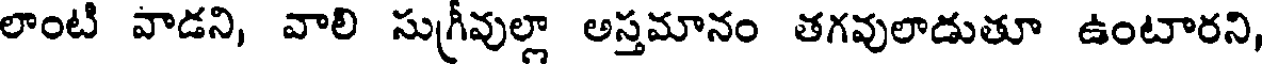
లాంటి వాడని, వాలి సుగ్రీవుల్లా అస్తమానం తగవులాడుతూ ఉంటారని,